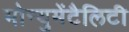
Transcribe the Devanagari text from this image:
मोन्युमेंटैलिटी